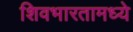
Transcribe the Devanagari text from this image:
शिवभारतामध्ये